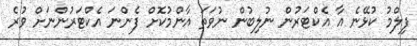
ފިލްމު ކުޅޭނެ އާ އެކްޓަރުން ނުލިބުން ނުވަތަ އާންމުކޮށް ފެންނަ އެކްޓަރުންނަށް ވުރެ